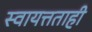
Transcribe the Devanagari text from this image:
स्वायत्तताही